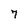
Character: 7